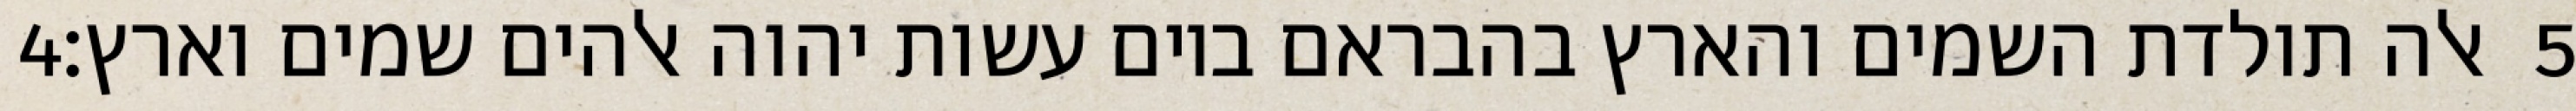
‎4‏ אלה תולדת השמים והארץ בהבראם ביום עשות יהוה אלהים שמים וארץ׃ ‎5‏